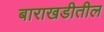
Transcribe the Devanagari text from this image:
बाराखडीतील